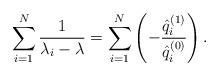
LaTeX: \begin{align*} \sum_{i = 1}^{N} \frac{1 }{ \lambda _{i} - \lambda} = \sum_{i = 1}^{N} \left( - \frac{\hat{q}_{i}^{( 1 )}}{\hat{q }_{i}^{( 0 )} } \right) . \end{align*}